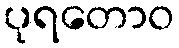
ပုရတောဝ